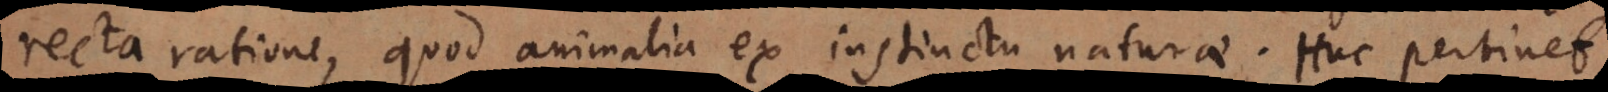
recta ratione, quod animalia ex instinctu naturae. Huc pertinet